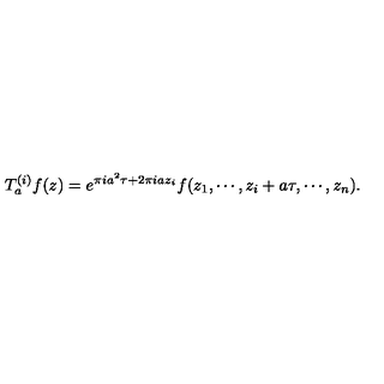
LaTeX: T _ { a } ^ { ( i ) } f ( z ) = e ^ { \pi i a ^ { 2 } \tau + 2 \pi i a z _ { i } } f ( z _ { 1 } , \cdots , z _ { i } + a \tau , \cdots , z _ { n } ) .